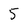
Character: 5